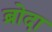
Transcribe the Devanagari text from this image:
ब्रोदा